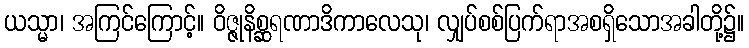
ယသ္မာ၊ အကြင်ကြောင့်။ ဝိဇ္ဇုနိစ္ဆရဏာဒိကာလေသု၊ လျှပ်စစ်ပြက်ရာအစရှိသောအခါတို့၌။